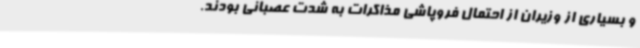
و بسیاری از وزیران از احتمال فروپاشی مذاکرات به شدت عصبانی بودند.